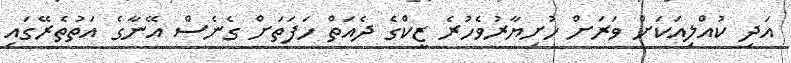
އަދި ކުއްލިއަކަށް ވަރަށް ހުށިޔާރުވެހުރެ ޒީކްގެ ދެއަތް ހަފަތަށް ގެނެސް އޭނާގެ އަތުތެރޭގައި